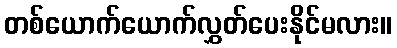
တစ်ယောက်ယောက်လွှတ်ပေးနိုင်မလား။